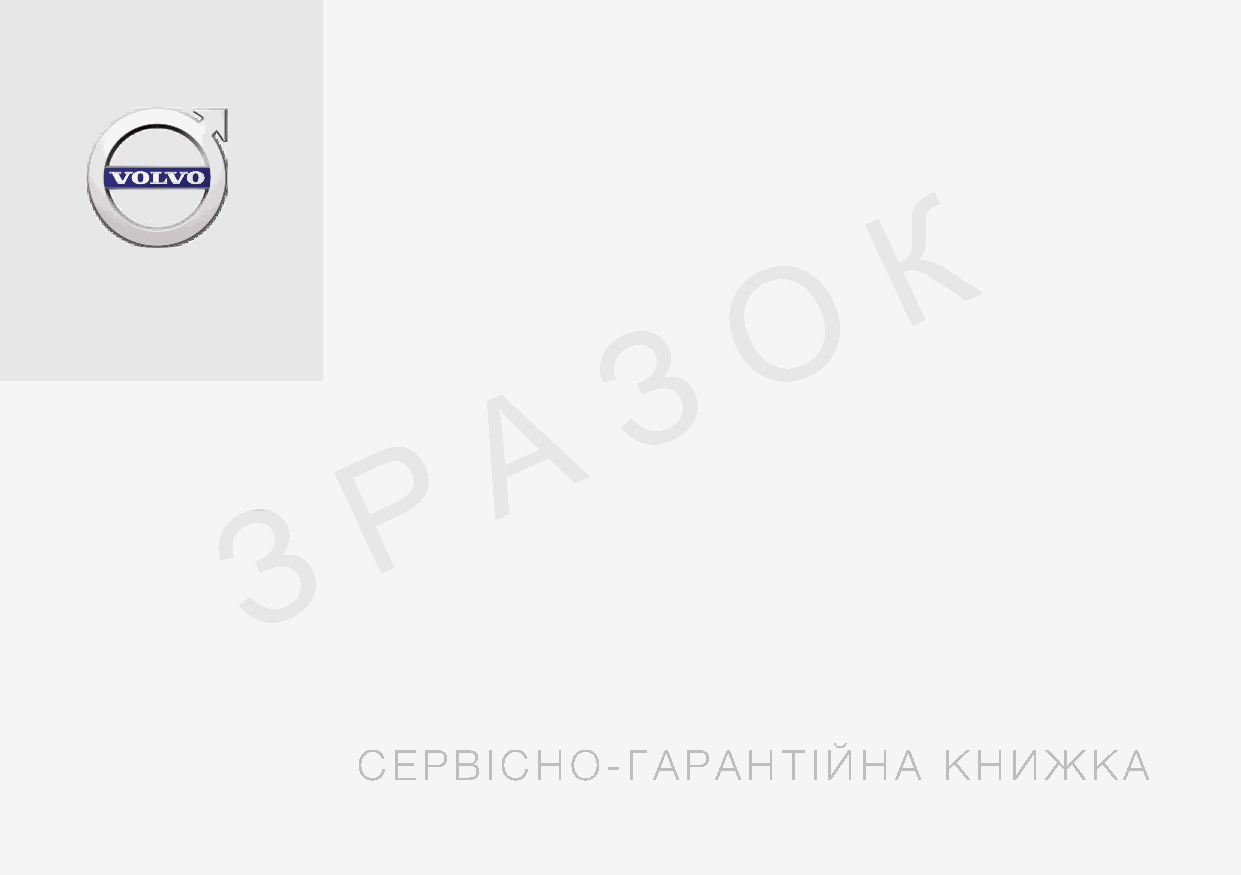
К
 О
 З
 А
 Р
 З
 СЕРВІСНО-ГАРАНТІЙНА                   КНИЖКА
 TP 87496 (Ukrainian), AT 1546, MY16, Printed in Sweden, Göteborg 2015, Copyright © 2000-2015 Volvo Car Corporation